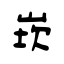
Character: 崁